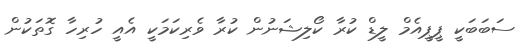
ސަބަބަކީ ޕީޕީއެމް ލީޑް ކުރާ ކޯލިޝަނުން ކުރާ ވެރިކަމަކީ އެއީ ހުރިހާ ގޮތަކުން